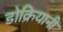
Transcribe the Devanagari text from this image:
डोक्रियानी